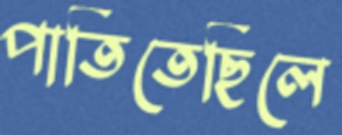
পাতিতেছিলে